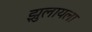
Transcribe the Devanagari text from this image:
झुलायला